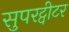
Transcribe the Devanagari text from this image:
सुपरट्वीटर